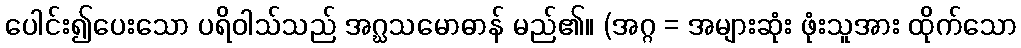
ပေါင်း၍ပေးသော ပရိဝါသ်သည် အဂ္ဃသမောဓာန် မည်၏။ (အဂ္ဂ = အများဆုံး ဖုံးသူအား ထိုက်သော